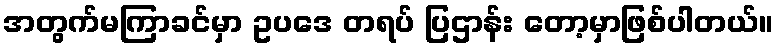
အတွက်မကြာခင်မှာ ဥပဒေ တရပ် ပြဌာန်း တော့မှာဖြစ်ပါတယ်။